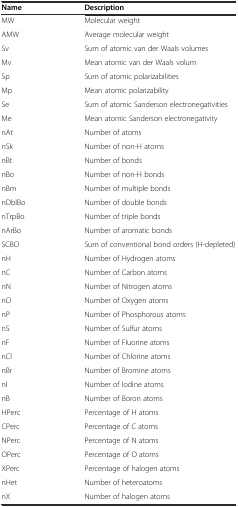
<table><thead><tr><td><b>Name</b></td><td><b>Description</b></td></tr></thead><tbody><tr><td>MW</td><td>Molecular weight</td></tr><tr><td>AMW</td><td>Average molecular weight</td></tr><tr><td>Sv</td><td>Sum of atomic van der Waals volumes</td></tr><tr><td>Mv</td><td>Mean atomic van der Waals volum</td></tr><tr><td>Sp</td><td>Sum of atomic polarizabilities</td></tr><tr><td>Mp</td><td>Mean atomic polarizability</td></tr><tr><td>Se</td><td>Sum of atomic Sanderson electronegativities</td></tr><tr><td>Me</td><td>Mean atomic Sanderson electronegativity</td></tr><tr><td>nAt</td><td>Number of atoms</td></tr><tr><td>nSk</td><td>Number of non-H atoms</td></tr><tr><td>nBt</td><td>Number of bonds</td></tr><tr><td>nBo</td><td>Number of non-H bonds</td></tr><tr><td>nBm</td><td>Number of multiple bonds</td></tr><tr><td>nDblBo</td><td>Number of double bonds</td></tr><tr><td>nTrpBo</td><td>Number of triple bonds</td></tr><tr><td>nArBo</td><td>Number of aromatic bonds</td></tr><tr><td>SCBO</td><td>Sum of conventional bond orders (H-depleted)</td></tr><tr><td>nH</td><td>Number of Hydrogen atoms</td></tr><tr><td>nC</td><td>Number of Carbon atoms</td></tr><tr><td>nN</td><td>Number of Nitrogen atoms</td></tr><tr><td>nO</td><td>Number of Oxygen atoms</td></tr><tr><td>nP</td><td>Number of Phosphorous atoms</td></tr><tr><td>nS</td><td>Number of Sulfur atoms</td></tr><tr><td>nF</td><td>Number of Fluorine atoms</td></tr><tr><td>nCl</td><td>Number of Chlorine atoms</td></tr><tr><td>nBr</td><td>Number of Bromine atoms</td></tr><tr><td>nI</td><td>Number of Iodine atoms</td></tr><tr><td>nB</td><td>Number of Boron atoms</td></tr><tr><td>HPerc</td><td>Percentage of H atoms</td></tr><tr><td>CPerc</td><td>Percentage of C atoms</td></tr><tr><td>NPerc</td><td>Percentage of N atoms</td></tr><tr><td>OPerc</td><td>Percentage of O atoms</td></tr><tr><td>XPerc</td><td>Percentage of halogen atoms</td></tr><tr><td>nHet</td><td>Number of heteroatoms</td></tr><tr><td>nX</td><td>Number of halogen atoms</td></tr></tbody></table>